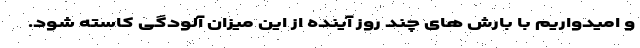
و امیدواریم با بارش های چند روز آینده از این میزان آلودگی کاسته شود.